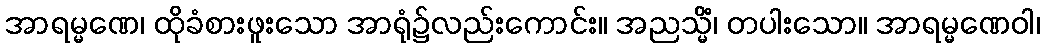
အာရမ္မဏေ၊ ထိုခံစားဖူးသော အာရုံ၌လည်းကောင်း။ အညသ္မိံ၊ တပါးသော။ အာရမ္မဏေဝါ၊